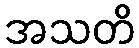
အသတိ